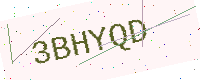
Text: 3BHYQD